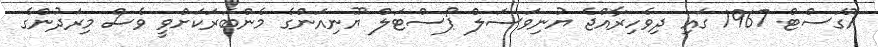
އޮގަސްޓް 1967 ގައި ދިވެހިރާއްޖެ ޔުނިވަސަލް ޕޯސްޓަލް ޔޫނިއަންގެ މެންބަރަކަށްވީ ވެސް މިރަދުންގެ